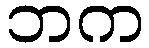
ဘက